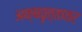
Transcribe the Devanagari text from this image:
अक्षवृत्तावर